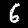
Digit: 6